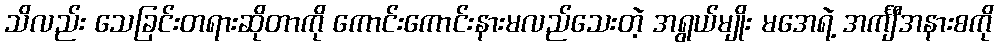
သိလည်း သေခြင်းတရားဆိုတာကို ကောင်းကောင်းနားမလည်သေးတဲ့ အရွယ်မျိုး မအေရဲ့ အင်္ကျီအနားစကို